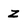
Character: z